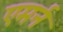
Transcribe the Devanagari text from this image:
एमर्न